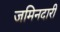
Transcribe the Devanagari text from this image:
जमिनदारी